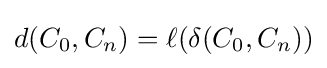
d(C_{0},C_{n})=\ell (\delta (C_{0},C_{n}))